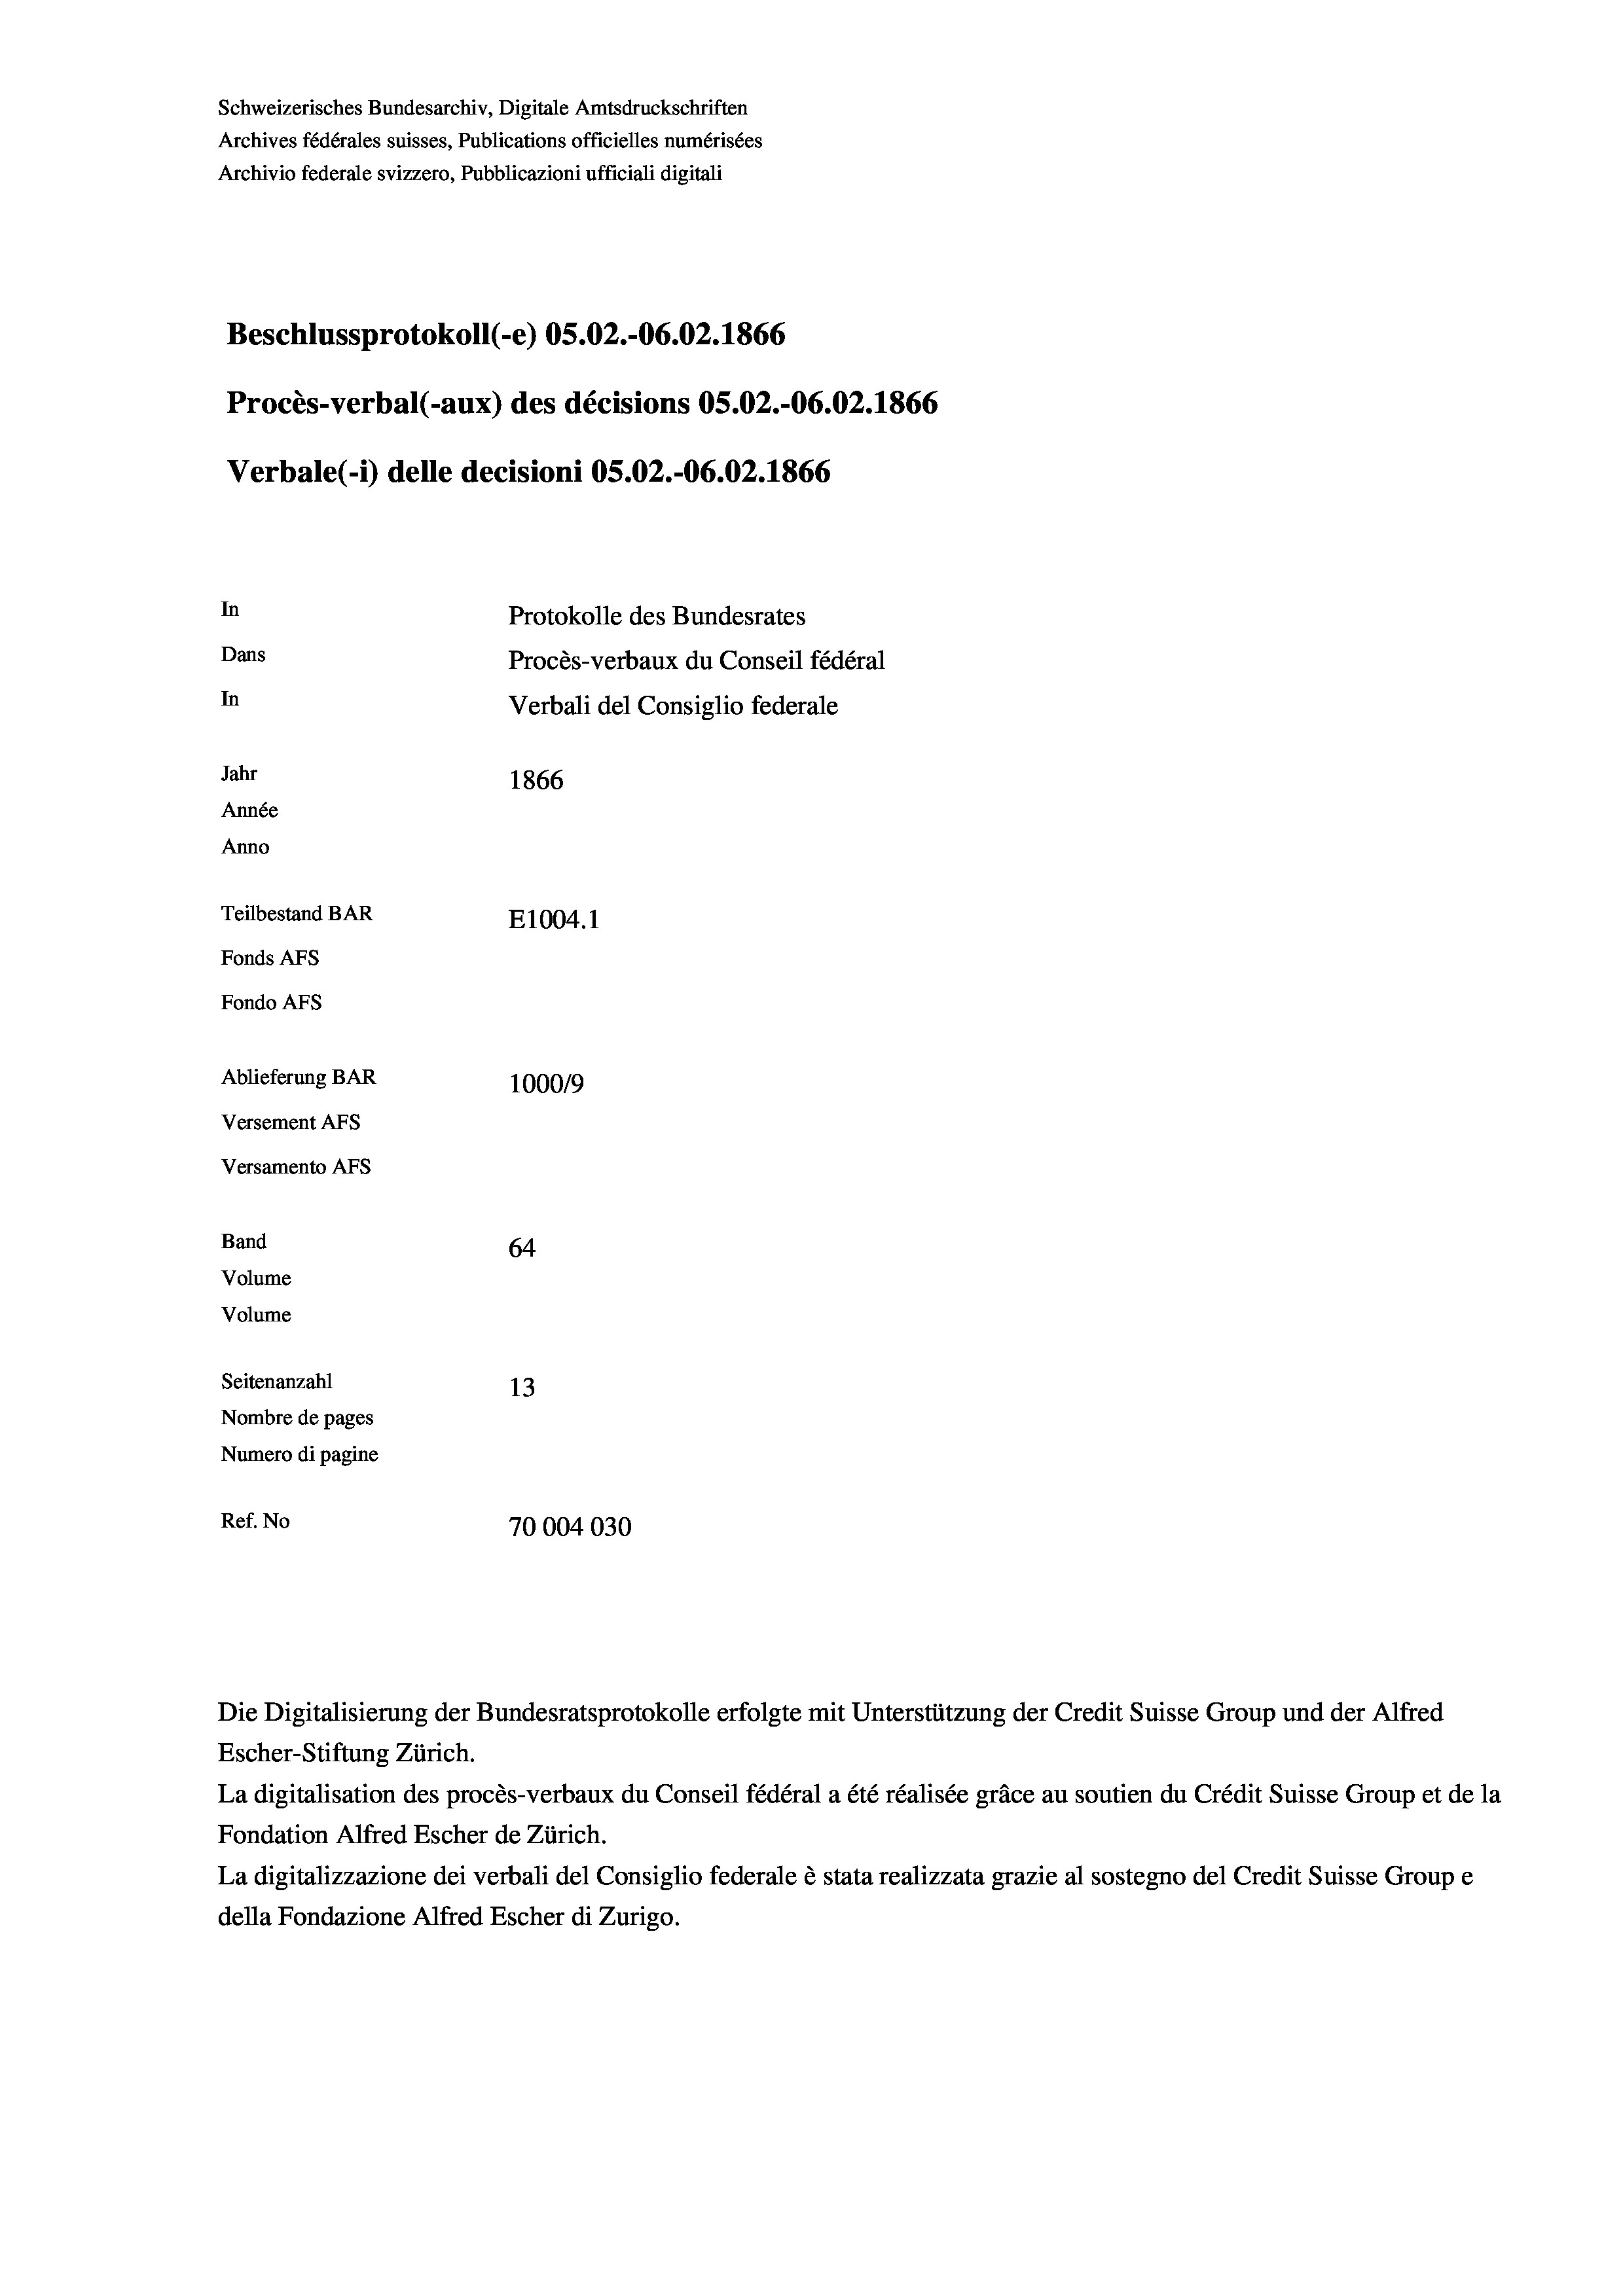
Schweizerisches Bundesarchiv, Digitale Amtsdruckschriften
Archives fédérales suisses, Publications officielles numérisées
Archivio federale svizzero, Pubblicazioni ufficiali digitali
Beschlussprotokoll (-e) OS.02.-06.02. 1866
Procès-verbal (-aux) des décisions OS.02.-06.02. 1866
Verbale(-*) delle decisioni OS.02.-06.02. 1866
In
Protokolle des Bundesrates
Dans
Procès-verbaux du Conseil fédéral
In
Verbali del Consiglio federale
Jahr
1866
Année
Anno
Teilbestand BAR
E1004.1
Fonds AFs
Fondo Afs
Ablieferung BAR
100019
Versement AFs
Versamento Afs

64
Seitenanzahl
13
Nombre de pages
Numero di pagine
Ref. No
70004030

Band
Volume

Volume

Escher-Stiftung Zürich.
La digitalisation des procès-verbaux du Conseil fédéral a été réalisée gräce au soutien du Crédit Suisse Group et de la
Fondation Alfred Escher de Zürich.
La digitalizzazione dei verbali del Consiglio federale è stata realizzata grazie al sostegno del Credit Suisse Groupe
della Fondazione Alfred Escher di Zurigo.

Die Digitalisierung der Bundesratsprotokolle erfolgte mit Unterstützung der Credit Suisse Group und der Alfred